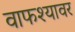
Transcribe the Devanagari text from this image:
वाफश्यावर